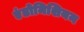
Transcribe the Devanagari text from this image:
एंडोमिशियम